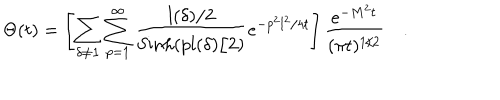
LaTeX: \Theta ( t ) = \left[ \sum _ { \delta \neq { \bf 1 } } \sum _ { p = 1 } ^ { \infty } { \frac { l ( \delta ) / 2 } { \mathrm { S i n h } ( p l ( \delta ) / 2 ) } } e ^ { - p ^ { 2 } l ^ { 2 } / 4 t } \right] { \frac { e ^ { - M ^ { 2 } t } } { ( \pi t ) ^ { 1 / 2 } } } \quad .